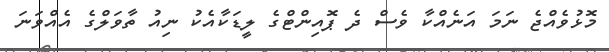
މޮޅުވެއްޖެ ނަމަ އަނެއްކާ ވެސް ދެ ޕޮއިންޓްގެ ލީޑަކާއެކު ނިއު ތާވަލްގެ އެއްވަނަ